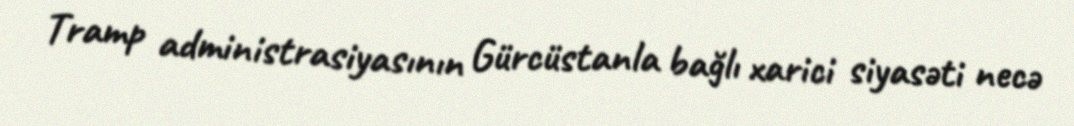
Tramp administrasiyasının Gürcüstanla bağlı xarici siyasəti necə